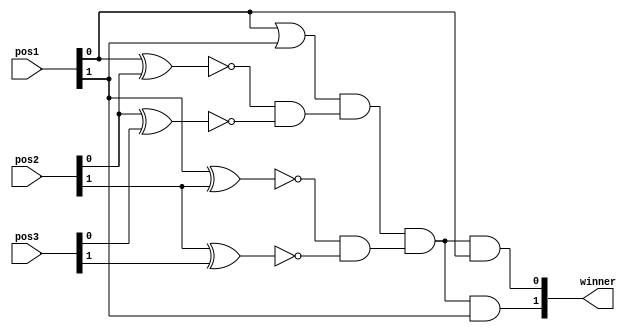
module pos_win(pos1,pos2,pos3,winner);

	input [1:0] pos1,pos2,pos3;
	output [1:0] winner;

	wire [1:0] temp1,temp2,temp3;

	assign temp1[0] = !(pos1[0]^pos2[0]);
	assign temp1[1] = !(pos1[1]^pos2[1]);
	assign temp2[0] = !(pos2[0]^pos3[0]);
	assign temp2[1] = !(pos2[1]^pos3[1]);

	assign temp3[0] = temp1[0] && temp2[0];
	assign temp3[1] = temp1[1] && temp2[1];

	assign temp4 = pos1[0] || pos1[1];

	assign winner[0] = (temp4 && temp3[0] && temp3[1]) && pos1[0];
	assign winner[1] = (temp4 && temp3[0] && temp3[1]) && pos1[1];

endmodule